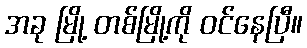
အခု မြို့ တစ်မြို့ကို ဝင်နေပြီ။